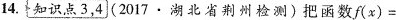
14.知识点3,4(2017 \cdot 湖北省荆州检测)把函数$$f ( x ) =